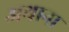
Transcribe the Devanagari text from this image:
अथाना